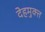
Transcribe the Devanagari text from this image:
देहमुक्त